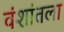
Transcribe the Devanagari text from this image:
वंशांतला